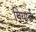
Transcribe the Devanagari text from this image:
गियार्ड